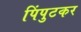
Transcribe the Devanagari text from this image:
पिंपुटकर